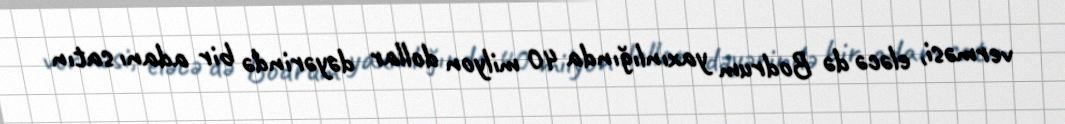
verməsi, eləcə də Bodrum yaxınlığında 40 milyon dollar dəyərində bir adanı satın